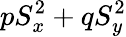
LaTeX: pS_{x}^{2}+qS_{y}^{2}